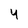
Character: 4